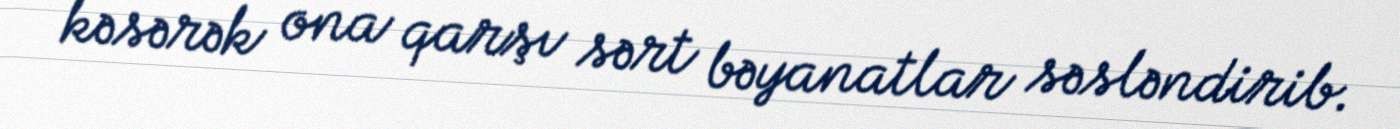
kəsərək ona qarşı sərt bəyanatlar səsləndirib.